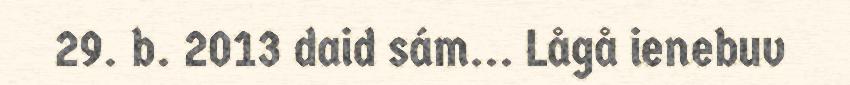
29. b. 2013 daid sám... Lågå ienebuv